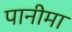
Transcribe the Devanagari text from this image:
पानीमा